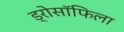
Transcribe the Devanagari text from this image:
ड्रोसॉफिला